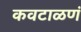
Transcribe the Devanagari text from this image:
कवटाळणं